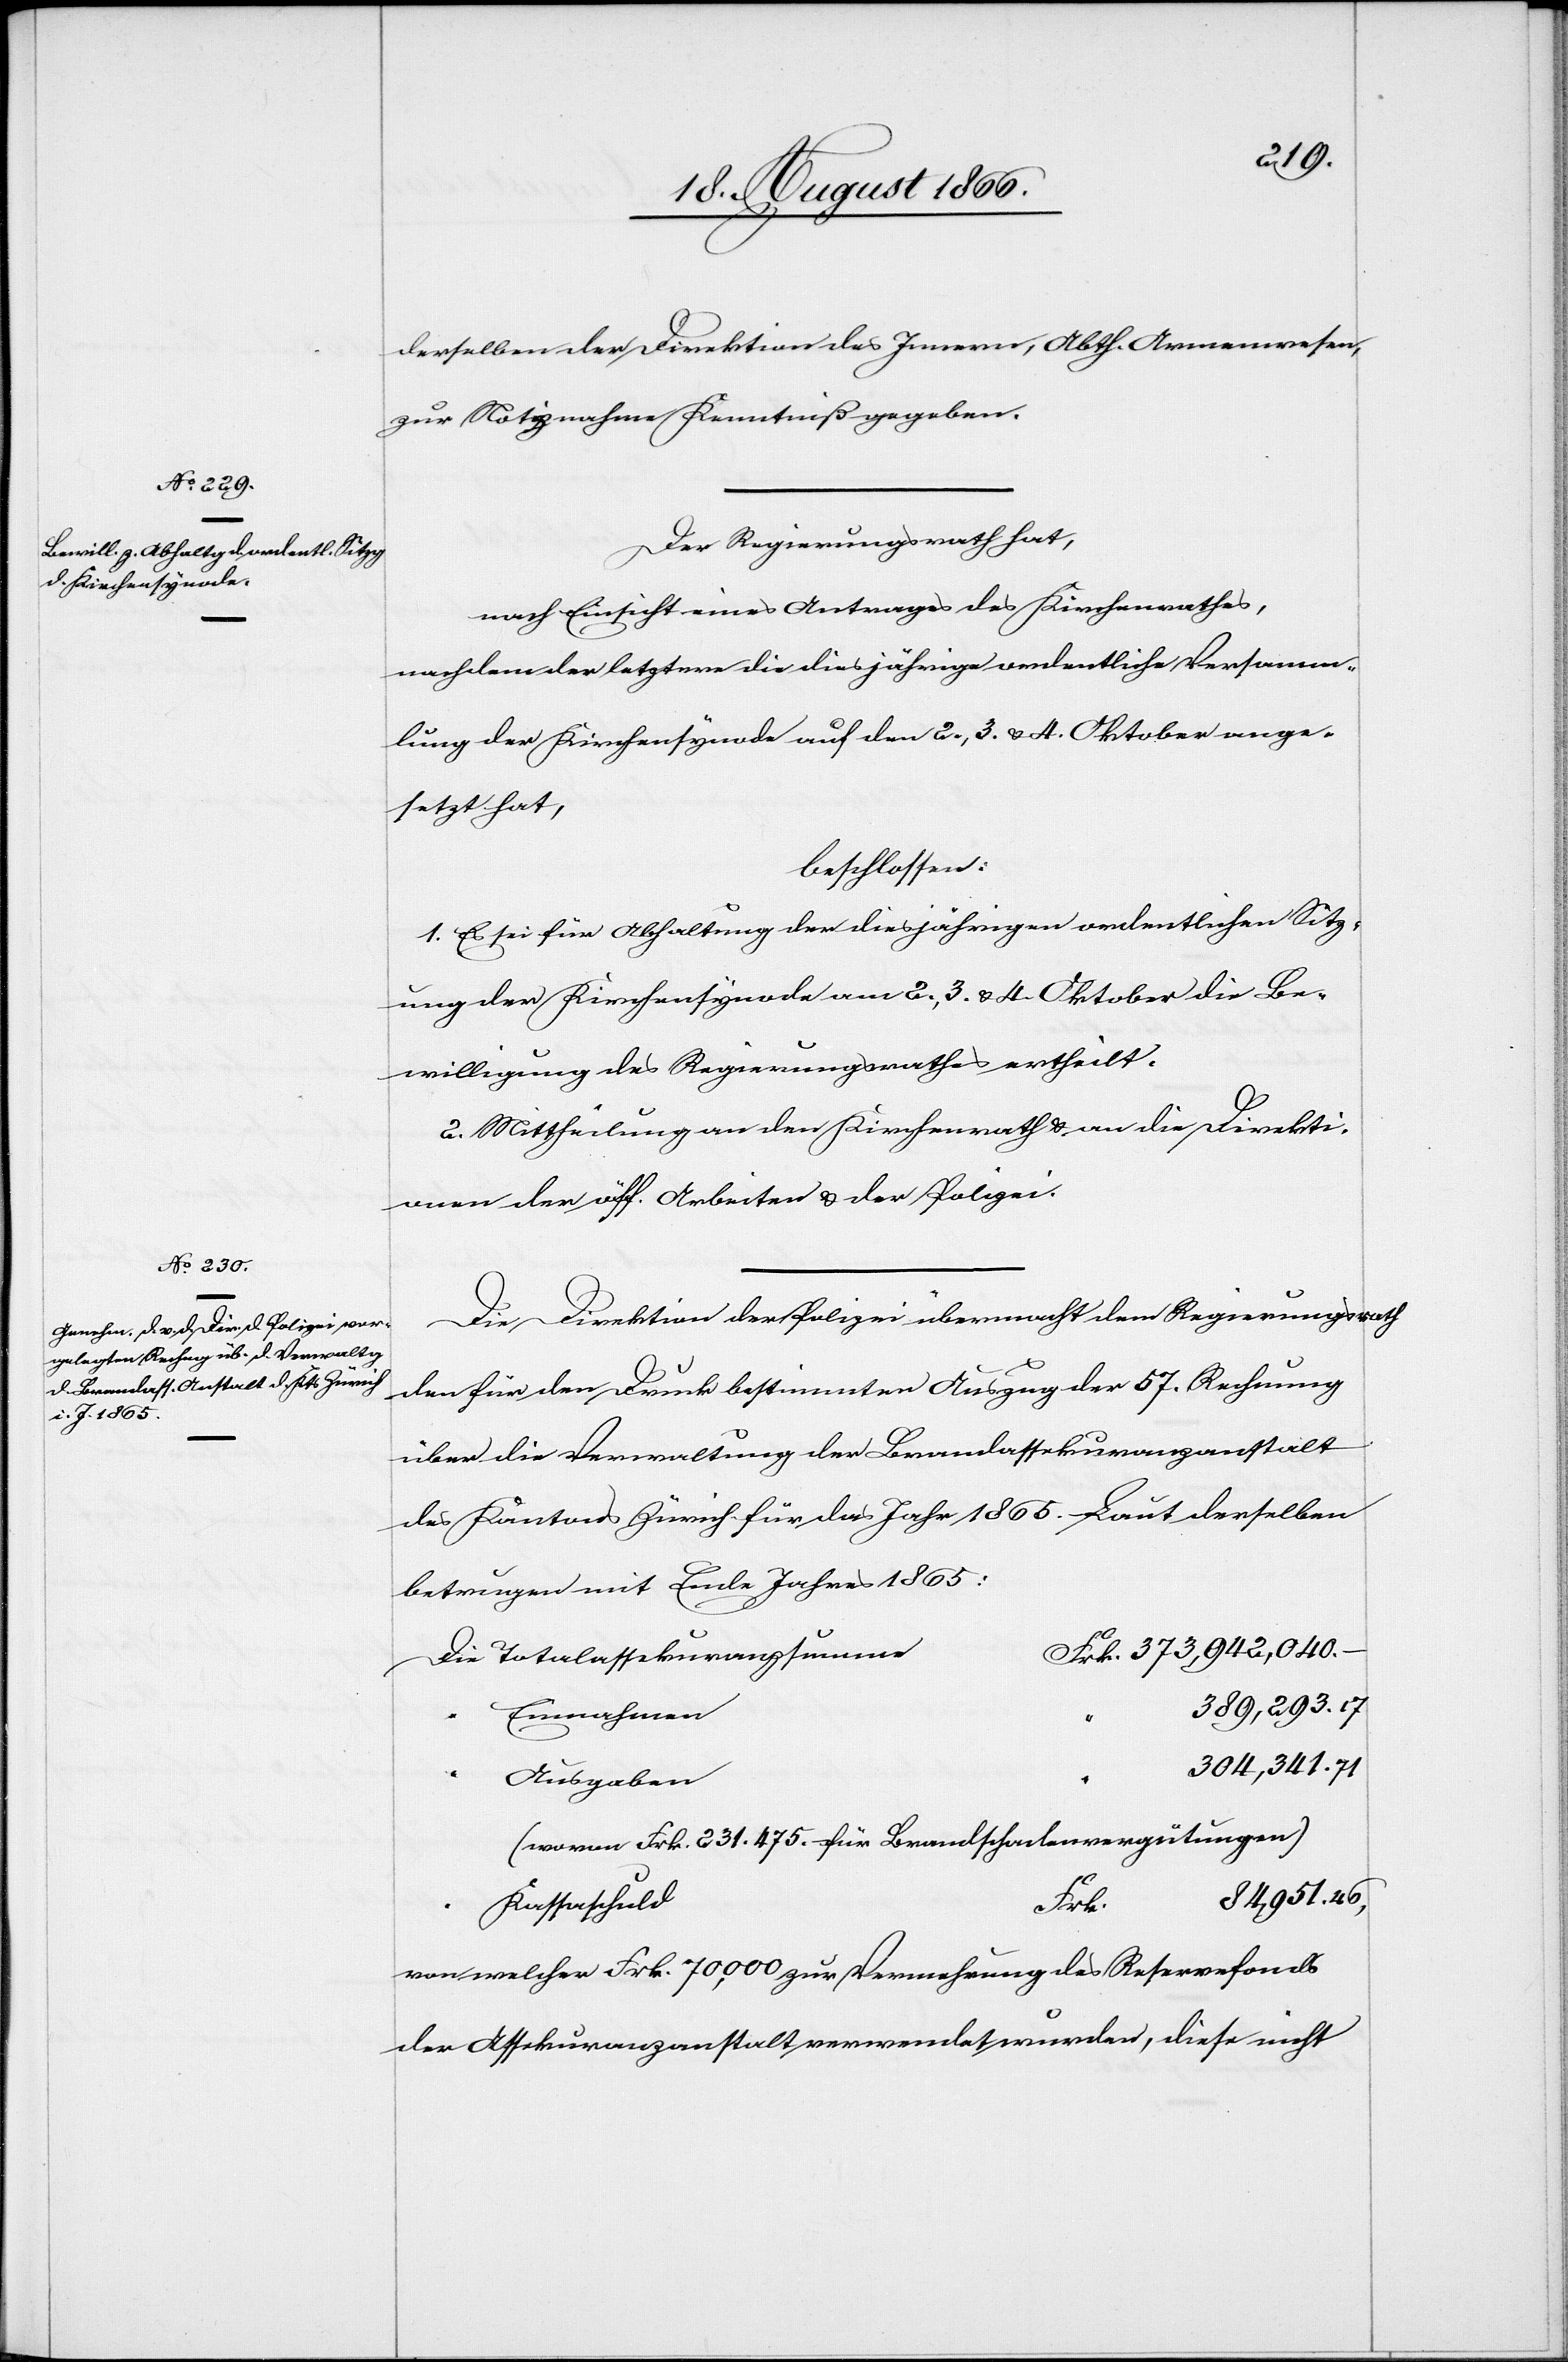
derselben der Direktion des Innern, Abth. Armenwesen
zur Notiznahme Kenntniß gegeben.
Der Regierungsrath hat,
nach Einsicht eines Antrages des Kirchenrathes,
nachdem der letztere die diesjährige ordentliche Versamm¬
lung der Kirchensynode auf den 2., 3. u. 4. Oktober ange¬
setzt hat,
beschlossen:
1. Es sei für Abhaltung der diesjährigen ordentlichen Sitz¬
ung der Kirchensynode am 2., 3. u. 4. Oktober die Be¬
willigung des Regierungsrathes ertheilt.
2. Mittheilung an den Kirchenrath u. an die Direkti¬
onen der öff. Arbeiten u. der Polizei.
Die Direktion der Polizei übermacht dem Regierungsrath
den für den Druck bestimmten Auszug der 57. Rechnung
über die Verwaltung der Brandassekuranzanstalt
des Kantons Zürich für das Jahr 1865. Laut derselben
betrugen mit Ende Jahres 1865:
Totalassekuranzsumme
389 293
Einnahmen
Ausgaben
(wovon Frk. 231 475. für Brandschadenvergütungen)
Kassaschuld
Frk.
von welcher Frk. 70 000 zur Vermehrung des Reservefonds
der Assekuranzanstalt verwendet wurden, diese nicht